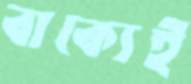
বাক্যেই